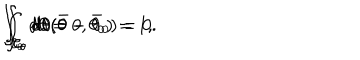
\int _ { { \cal C } _ { \theta } } d \theta = 0 , \hspace { 1 c m } \int _ { { \cal C } _ { \theta } } d \theta ( \theta - \theta _ { 0 } ) = 1 , \hspace { 1 c m } \int _ { { \cal C } _ { \theta } } d \theta ( \bar { \theta } - \bar { \theta } _ { 0 } ) = 0 .